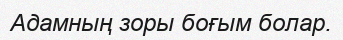
Адамның зоры боғым болар.